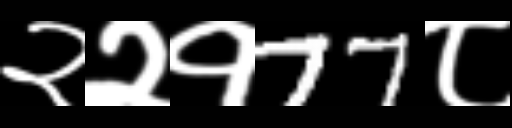
Text: २२१77८